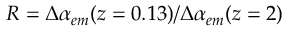
R = \Delta \alpha _ { e m } ( z = 0 . 1 3 ) / \Delta \alpha _ { e m } ( z = 2 )